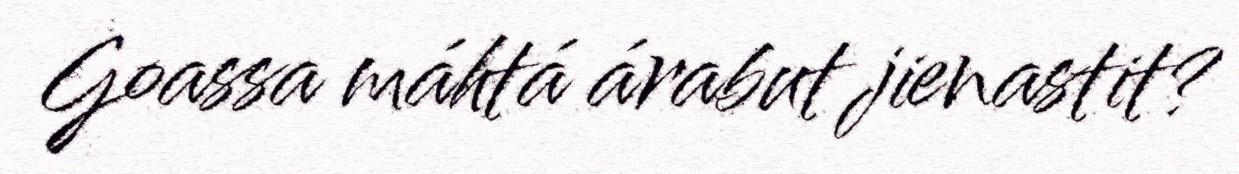
Goassa máhtá árabut jienastit?